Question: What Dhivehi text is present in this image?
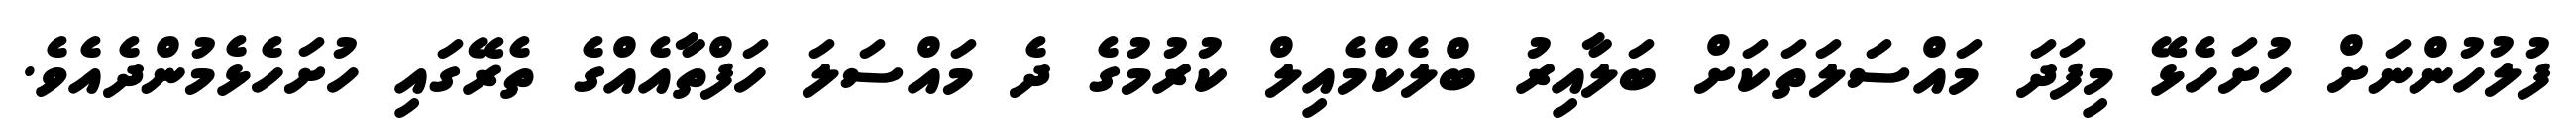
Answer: ފުލުހުންނަށް ހުށަހެޅޭ މިފަދަ މައްސަލަތަކަށް ބަލާއިރު ބްލެކްމެއިލް ކުރުމުގެ ދެ މައްސަލަ ހަފްތާއެއްގެ ތެރޭގައި ހުށަހެޅެމުންދެއެވެ.